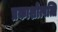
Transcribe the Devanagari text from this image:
प्रकाशोत्पत्ति